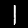
Label: 1